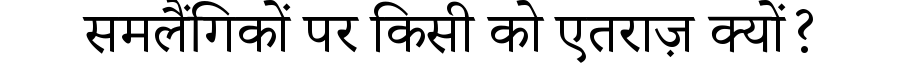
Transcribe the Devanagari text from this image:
समलैंगिकों पर किसी को एतराज़ क्यों?